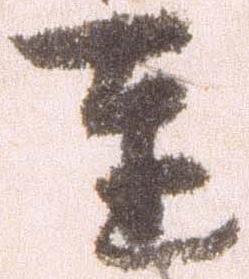
達